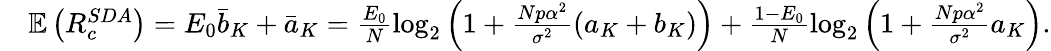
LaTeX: \begin{array}{rl}&{\mathbb{E}\left(R_{c}^{SDA}\right)=E_{0}\bar{b}_{K}+\bar{a}_{K}=\frac{E_{0}}{N}\mathrm{log}_{2}\left(1+\frac{Np\alpha^{2}}{\sigma^{2}}\left(a_{K}+b_{K}\right)\right)+\frac{1-E_{0}}{N}\mathrm{log}_{2}\left(1+\frac{Np\alpha^{2}}{\sigma^{2}}a_{K}\right).}\end{array}